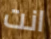
انت